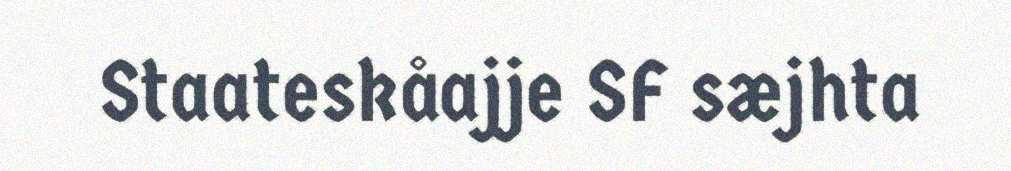
Staateskåajje SF sæjhta